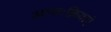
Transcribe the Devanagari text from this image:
अन्तःक्रियाएं